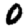
Digit: 0